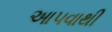
આ૫વાથી